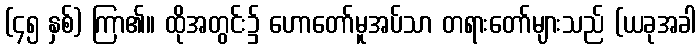
(၄၅ နှစ်) ကြာ၏။ ထိုအတွင်း၌ ဟောတော်မူအပ်သာ တရားတော်များသည် (ယခုအခါ